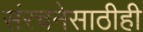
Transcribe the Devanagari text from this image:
संरचनेसाठीही